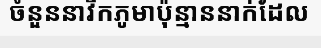
ចំនួននាវិកភូមាប៉ុន្មាននាក់ដែល